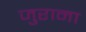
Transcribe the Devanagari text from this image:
जुराना